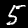
Label: 5